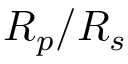
R _ { p } / R _ { s }